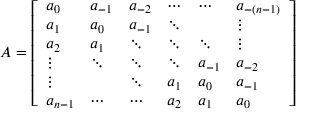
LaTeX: A = { \left[ \begin{array} { l l l l l l } { a _ { 0 } } & { a _ { - 1 } } & { a _ { - 2 } } & { \cdots } & { \cdots } & { a _ { - ( n - 1 ) } } \\ { a _ { 1 } } & { a _ { 0 } } & { a _ { - 1 } } & { \ddots } & { } & { \vdots } \\ { a _ { 2 } } & { a _ { 1 } } & { \ddots } & { \ddots } & { \ddots } & { \vdots } \\ { \vdots } & { \ddots } & { \ddots } & { \ddots } & { a _ { - 1 } } & { a _ { - 2 } } \\ { \vdots } & { } & { \ddots } & { a _ { 1 } } & { a _ { 0 } } & { a _ { - 1 } } \\ { a _ { n - 1 } } & { \cdots } & { \cdots } & { a _ { 2 } } & { a _ { 1 } } & { a _ { 0 } } \end{array} \right] }